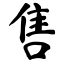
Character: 售